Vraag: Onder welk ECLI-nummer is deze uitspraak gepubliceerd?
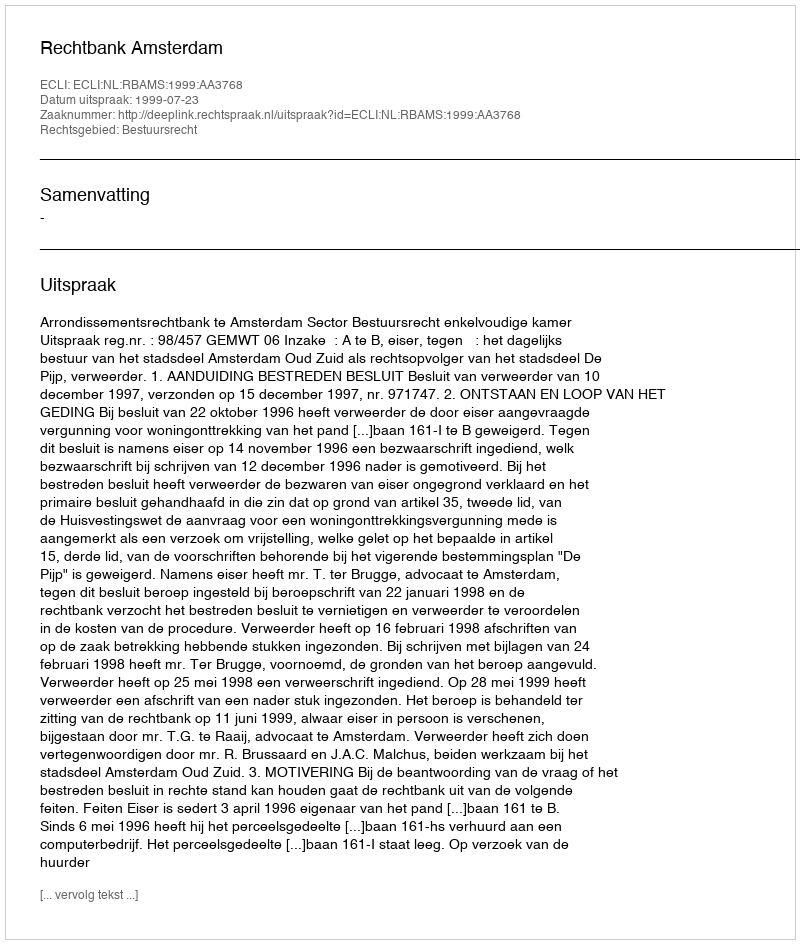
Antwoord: ECLI:NL:RBAMS:1999:AA3768